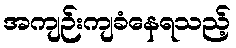
အကျဉ်းကျခံနေရသည့်